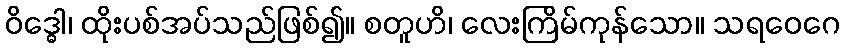
ဝိဒ္ဓေါ၊ ထိုးပစ်အပ်သည်ဖြစ်၍။ စတူဟိ၊ လေးကြိမ်ကုန်သော။ သရဝေဂေ